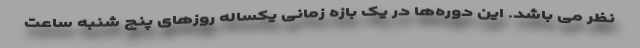
نظر می باشد. این دوره‌ها در یک بازه زمانی یکساله روزهای پنج شنبه ساعت